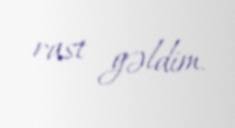
rast gəldim.